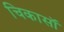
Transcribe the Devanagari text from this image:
चिकासॉ